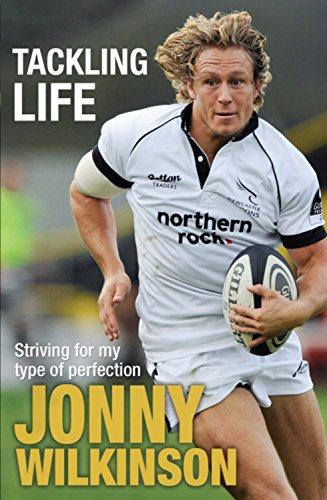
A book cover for Tackling Life; Jonny Wilkinson; Sports & Outdoors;